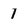
Character: 1